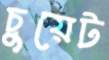
চুয়েট